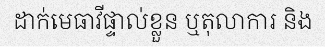
ដាក់មេធាវីផ្ទាល់ខ្លួន ឬតុលាការ និង